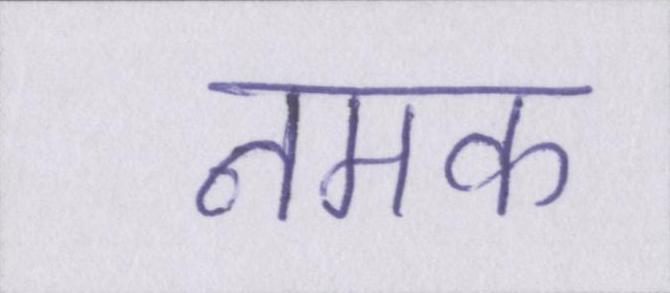
नमक